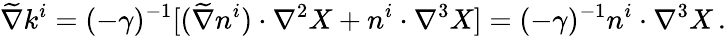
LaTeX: \widetilde\nabla k^{i}=(-\gamma)^{-1}[(\widetilde\nabla n^{i})\cdot\nabla^{2}X+n^{i}\cdot\nabla^{3}X]=(-\gamma)^{-1}n^{i}\cdot\nabla^{3}X\, .